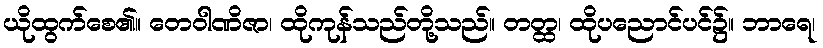
ယိုထွက်စေ၏။ တေဝါဏိဇာ၊ ထိုကုန်သည်တို့သည်။ တတ္ထ၊ ထိုပညောင်ပင်၌။ ဘာရေ၊